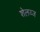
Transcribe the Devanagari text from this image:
शेलव्ज